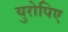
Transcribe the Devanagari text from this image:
युरोपिए